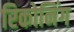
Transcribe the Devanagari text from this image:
रिकोनिंग